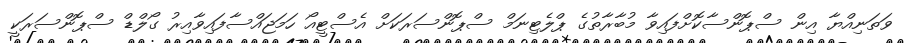
ވަތަނިއްޔާ އިން ސްޕޮންސާކޮށްފައިވާ މުބާރާތުގެ ޕްލެޓިނަމް ސްޕޮންސަރަކަށް އެސްޓީއޯ ހަމަޖައްސާފައިވާއިރު ގޯލްޑް ސްޕޮންސަރަކީ